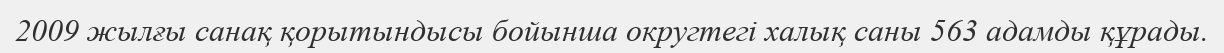
2009 жылғы санақ қорытындысы бойынша округтегі халық саны 563 адамды құрады.